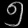
Digit: ၅